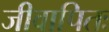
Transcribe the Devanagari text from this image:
जीवापितः